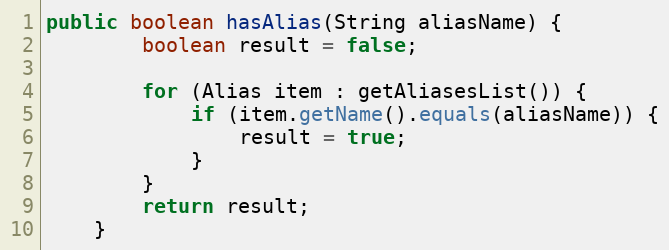
Language: Java
public boolean hasAlias(String aliasName) {
        boolean result = false;

        for (Alias item : getAliasesList()) {
            if (item.getName().equals(aliasName)) {
                result = true;
            }
        }
        return result;
    }